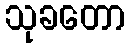
သုခတော